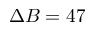
\Delta B = 4 7